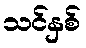
သင်နှစ်